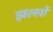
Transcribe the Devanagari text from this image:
झल्लों